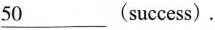
___50(success) .